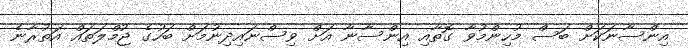
އިންސާނަކަށް ބަސް މުހިންމުވާ ގޮތާއި އިންސާނާ އަށް ވިސްނައިދިނުމަށް ބަހުގެ ޖުމްލަތައް އަތުރާނެ